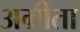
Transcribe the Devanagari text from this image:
अम्रीता